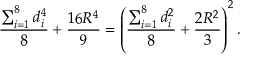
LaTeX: { \frac { \sum _ { i = 1 } ^ { 8 } d _ { i } ^ { 4 } } { 8 } } + { \frac { 1 6 R ^ { 4 } } { 9 } } = \left( { \frac { \sum _ { i = 1 } ^ { 8 } d _ { i } ^ { 2 } } { 8 } } + { \frac { 2 R ^ { 2 } } { 3 } } \right) ^ { 2 } .